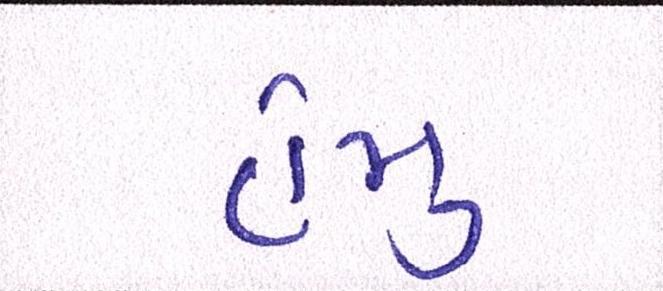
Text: હેમુ